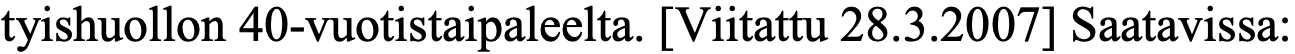
tyishuollon 40-vuotistaipaleelta. [Viitattu 28.3.2007] Saatavissa: